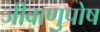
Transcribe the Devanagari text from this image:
जीवाणुपोष